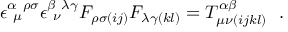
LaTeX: \epsilon _ { ~ \mu } ^ { \alpha ~ \rho \sigma } \epsilon _ { ~ \nu } ^ { \beta ~ \lambda \gamma } { \cal F } _ { \rho \sigma ( i j ) } { \cal F } _ { \lambda \gamma ( k l ) } = { \cal T } _ { \mu \nu ( i j k l ) } ^ { \alpha \beta } \ \ .